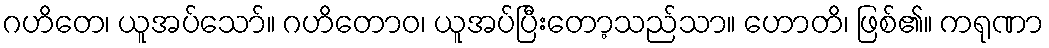
ဂဟိတေ၊ ယူအပ်သော်။ ဂဟိတောဝ၊ ယူအပ်ပြီးတော့သည်သာ။ ဟောတိ၊ ဖြစ်၏။ ကရုဏာ